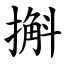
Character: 㩂